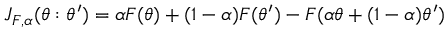
J _ { F , \alpha } ( \theta : \theta ^ { \prime } ) = \alpha F ( \theta ) + ( 1 - \alpha ) F ( \theta ^ { \prime } ) - F ( \alpha \theta + ( 1 - \alpha ) \theta ^ { \prime } )